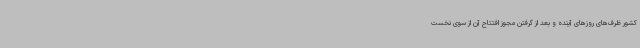
کشور ظرف‌های روزهای آینده و بعد از گرفتن مجوز افتتاح آن از سوی نخست